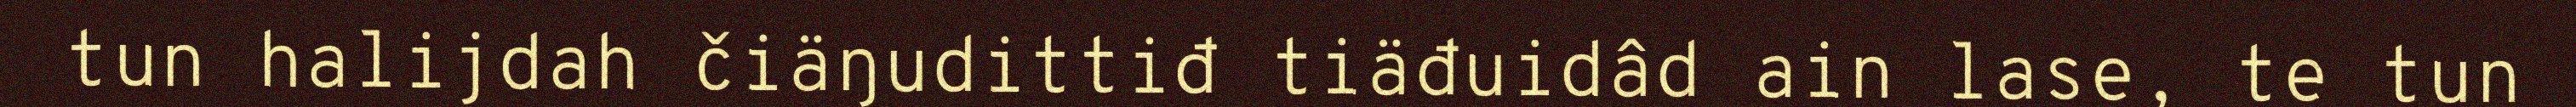
tun halijdah čiäŋudittiđ tiäđuidâd ain lase, te tun